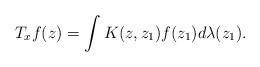
\begin{align*}T_{x}f(z)=\int K(z,z_{1})f(z_{1})d\lambda(z_{1}).\end{align*}